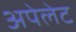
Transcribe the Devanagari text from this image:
अपेलेट